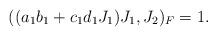
LaTeX: \begin{align*} ((a_1 b_1 + c_1 d_1 J_1) J_1, J_2)_F = 1.\end{align*}